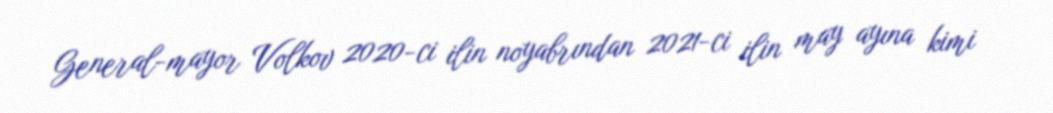
General-mayor Volkov 2020-ci ilin noyabrından 2021-ci ilin may ayına kimi